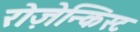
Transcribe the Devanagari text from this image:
रोज़ेन्किस्ट